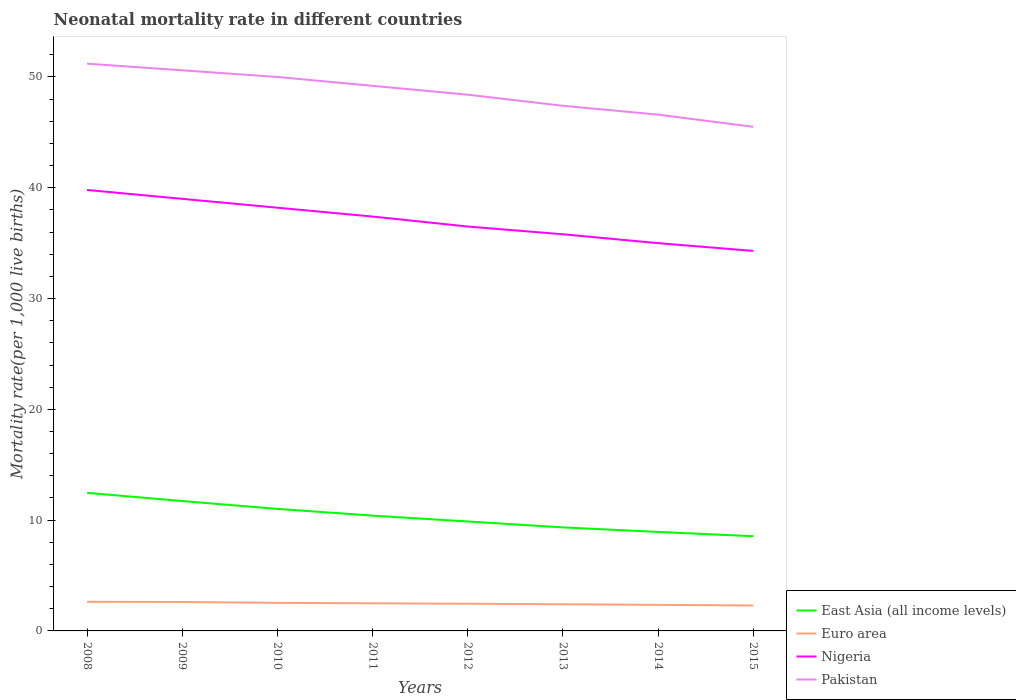
| Years | East Asia (all income levels) | Euro area | Nigeria | Pakistan |
 | --- | --- | --- | --- | --- |
 | 2008 | 12.5 | 2.63 | 39.8 | 51.2 |
 | 2009 | 11.7 | 2.61 | 39 | 50.6 |
 | 2010 | 11 | 2.53 | 38.2 | 50 |
 | 2011 | 10.4 | 2.49 | 37.4 | 49.2 |
 | 2012 | 9.88 | 2.46 | 36.5 | 48.4 |
 | 2013 | 9.34 | 2.41 | 35.8 | 47.4 |
 | 2014 | 8.93 | 2.35 | 35 | 46.6 |
 | 2015 | 8.55 | 2.29 | 34.3 | 45.5 |